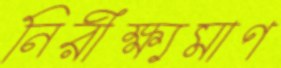
নিরীক্ষ্যমাণ